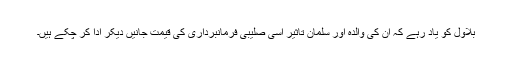
بلاول کو یاد رہے کہ ان کی والدہ اور سلمان تاثیر اسی صلیبی فرمانبرداری کی قیمت جانیں دیکر ادا کر چکے ہیں۔